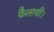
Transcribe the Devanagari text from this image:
फैलायीं।